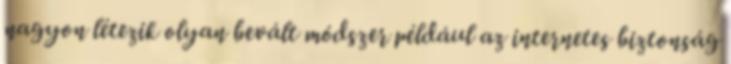
nagyon létezik olyan bevált módszer például az internetes biztonság